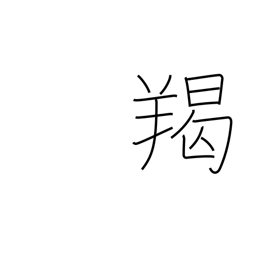
Meaning: barbarian